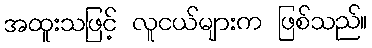
အထူးသဖြင့် လူငယ်များက ဖြစ်သည်။